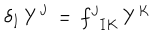
\delta _ { I } \, Y ^ { J } \, = \, f _ { \phantom { Y } I K } ^ { J } \, Y ^ { K }